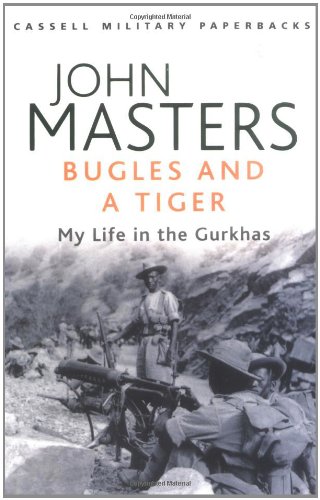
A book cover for Bugles and a Tiger: My Life in the Gurkhas (Cassell Military Paperbacks); John Masters; History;